King Institute of Preventive Medicine Micro-Biological Section reports 1909-11
Year: 1909
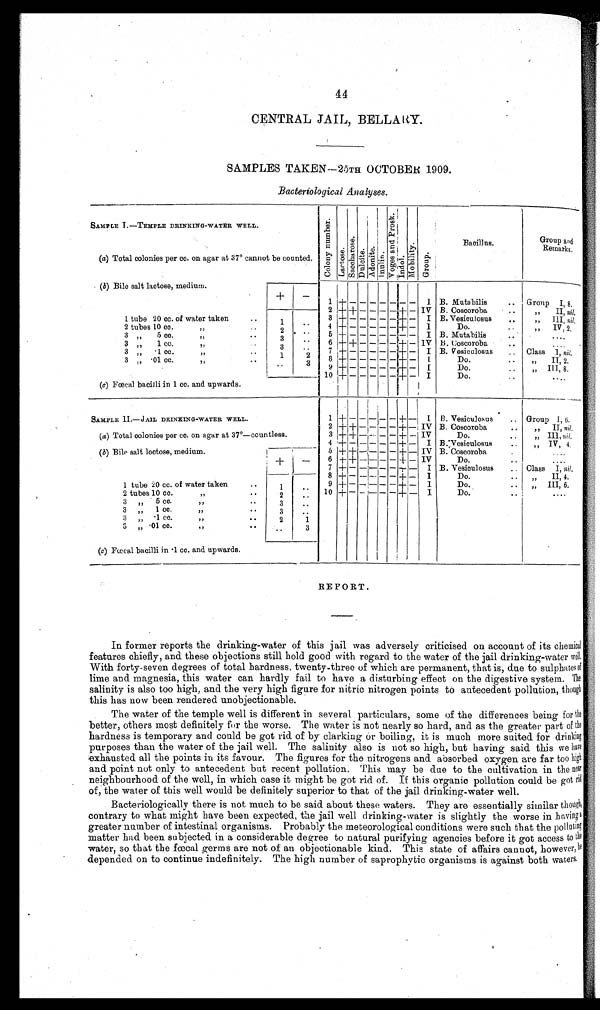
44
CENTRAL JAIL, BELLARY.
SAMPLES TAKEN—25TH OCTOBER 1909.
Bacteriological Analyses.
SAMPLE I.—TEMPLE DRINKING—WATER WELL.
C o l o n y n u m b e r .
L a c t o s e .
S a c c h a r o s e .
D u l c i t e . A d o n i t e .
I n u l i n .
V o g e s a n d P r o s k .
Indol.
M o b i l i t y .
G r o u p .
Bacillus.
Group and
Remarks.
(a) Total colonies per cc. on agar at 37° cannot be counted.
(b) Bile salt lactose, medium.
+
—
1 + – – – – – – – I. B. Mutabilis.. Group I, 8.
2 + + — — — – + — IV B. Coscoroba
" I I ,
n i l .
1 tube 20 cc. of water taken
3 + – – – – – + — I B. Vesiculosus
. .
„ III, n i l .
2 tubes 10 cc.
1
1
. .
4 + – – – – –
+ — I
Do.
. '
„ IV, 2.
3 " 5 cc. . .
2
. .
5 + – — — — — — — I B. Mutabilis
..
3 " 1 cc.
3
. . 6 + + — — — — + — IV B. Coscoroba.
. .
..
3 " .1.cc.
3 . .
7 + – – – – – + — I B. Vesiculosus
Class I ;
N i l .
3 " .01 cc. ..
1
2
8 ++– – — — —
+ —
I
..
Do.
. .
" I I , 2 .
„
,,
. . 3
9 + – – – – – +
— I
Do.
" III, 8,
1 0
+ – – – – – + — I
. .
Do.
.. ....
(c) Fœcal bacilli in 1 cc. and upwards.
.
Do.
,.
S A M P L E I I . — J A I L D R I N K I N G – W A T E R W E L L .
1 + — — – — — +
–
I B. Vesiculosus
.. Group I , 6 .
2 + + —
– — — + — IV B. Coscoroba
..
" I I ,
N i l
.
( a) Total colonies per cc. on agar at 37°—countless.
3 + + – – — — + – IV
D o . . .
" III, N i l
.
4 + — —
– — — + — I B Vesiculosus ..
„ IV, 4 .
(b) Bile salt loctose, medium.
_
5 + + —
– — — + — IV B. Cosc’oroba . .
....
+
—
6 + + – – – — + — IV
Do.
..
....
7 + — – — — + – — I B. Vesiculosus .. Class I,N i l
.
8 + — – — — — + — I
Do.
. -
" I I , 4 .
1 tube 20 cc. of water taken
..
1
. . 9 + — – — — — + — I
Do.
.. „ III, 6.
2 tubes 10 cc.
" . .
2
. .
1 0 + — – — — — + — I
Do.
..
. . . .
3 „ 5 cc. " .
3
. .
3 „ 1 cc.
"
3
..
3 „ .1 cc. " . .
2
1
3 „ .01 cc. ,, . .
3
(c) Fœcal bacilli in .1 cc. and upwards.
REPORT.
In former reports the drinking-water of this jail was adversely criticised on account of its chemical
. f e a t u r e s c h i e f l y , a n d t h e s e o b j e c t i o n s s t i l l h o l d g o o d w i t h r e g a r d t o t h e w a t e r o f t h e j a i l d r i n k i n g - w a t e r w e l l .
With forty-seven degrees of total hardness, twenty-three of which are permanent, that is, due to sulphates of
lime and magnesia, this water can hardly fail to have a disturbing effect on the digestive system. The
salinity is also too high, and the very high figure for nitric nitrogen points to antecedent pollution, though
this has now been rendered unobjectionable.
The water of the temple well is different in several particulars, some of the differences being for the
better, others most definitely for the worse. The water is not nearly so hard, and as the greater part of the
hardness is temporary and could be got rid of by clarking or boiling, it is much more suited for drinking
purposes than the water of the jail well. The salinity also is not so high, but having said this we have
exhausted all the points in its favour. The figures for the nitrogens and absorbed oxygen are far too high
and point not only to antecedent but recent pollution. This may be due to the cultivation in the near
neighbourhood of the well, in which case it might be got rid of. If this organic pollution could be got rid
of, the water of this well would be definitely superior to that of the jail drinking-water well.
Bacteriologically there is not much to be said about these waters. They are essentially similar though,
contrary to what might have been expected, the jail well drinking-water is slightly the worse in having a
greater number of intestinal organisms. Probably the meteorological conditions were such that the polluting
matter had been subjected in a considerable degree to natural purifying agencies before it got access to
the water, so that the fœcal germs are not of an objectionable kind. This state of affairs cannot, however, be
depended on to continue indefinitely. The high number of saprophytic organisms is against both waters.